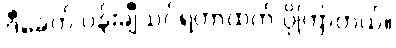
ဒီခေတ် ပန်းချီသင်ရတာထက် ပိုကြာတယ်။